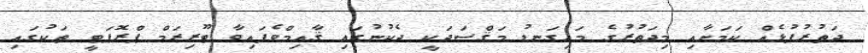
ދަތުރުފުޅެއް ކަމަށާއި މިދަތުރުގެ މައިގަނޑު މަޤްސަދަކީ ދެކުނުގައި ޤާއިމްވެފައިވާ ޓޫރިޒަމް ޕްރޮޕަޓީ ތަކުގައި